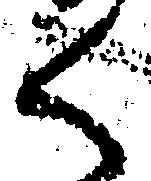
く